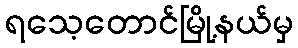
ရသေ့တောင်မြို့နယ်မှ